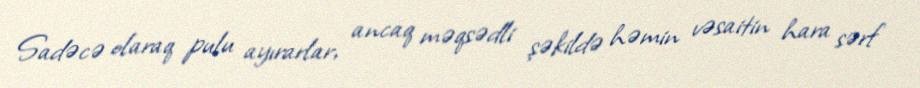
Sadəcə olaraq pulu ayırarlar, ancaq məqsədli şəkildə həmin vəsaitin hara sərf